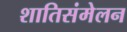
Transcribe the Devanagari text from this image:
शातिसंमेलन